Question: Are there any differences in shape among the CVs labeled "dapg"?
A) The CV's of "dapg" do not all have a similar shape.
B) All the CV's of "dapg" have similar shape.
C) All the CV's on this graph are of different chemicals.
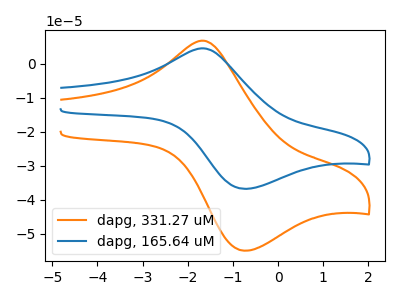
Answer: <think>The orange curve "dapg, 331.27 uM" has an anodic peak at (-1.70V, 6.75uA) and a cathodic peak at (-0.75V, -54.95uA). The blue curve "dapg, 165.64 uM" has an anodic peak at (-1.70V, 4.55uA) and a cathodic peak at (-0.75V, -36.75uA).
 All the peaks in "dapg, 331.27 uM" have a peak in "dapg, 165.64 uM" at the same potential. Every peak in "dapg, 331.27 uM" is higher than every peak in "dapg, 165.64 uM".</think>
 <answer>B) All the CV's of "dapg" have similar shape.</answer>
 <eval>B</eval>